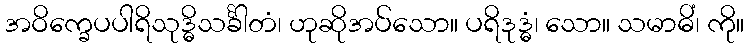
အဝိက္ခေပပါရိသုဒ္ဓိသင်္ခါတံ၊ ဟုဆိုအပ်သော။ ပရိဒုဒ္ဓံ၊ သော။ သမာဓိံ၊ ကို။